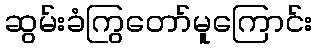
ဆွမ်းခံကြွတော်မူကြောင်း